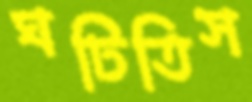
ঘটিতিস